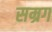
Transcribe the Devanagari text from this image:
सम्रग